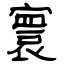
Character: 寰